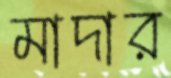
মাদার